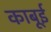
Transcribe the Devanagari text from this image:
काबूई